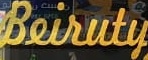
Beiruty